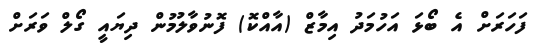
ފަހަރަށް އެ ބޯޅަ އަހުމަދު އިމާޒް (އާއްކޮ) ފޮނުވާލުމުން ދިޔައީ ގޯލް ވަރަށް